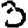
Digit: 3